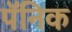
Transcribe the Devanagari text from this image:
पॅनिक